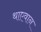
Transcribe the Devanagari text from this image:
थाएवान